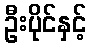
ဦးပိုင်နှင့်